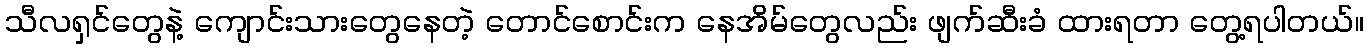
သီလရှင်တွေနဲ့ ကျောင်းသားတွေနေတဲ့ တောင်စောင်းက နေအိမ်တွေလည်း ဖျက်ဆီးခံ ထားရတာ တွေ့ရပါတယ်။